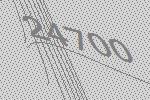
24700